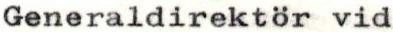
Generaldirektör vid